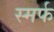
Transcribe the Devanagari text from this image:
स्मर्फ